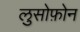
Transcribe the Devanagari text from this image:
लुसोफ़ोन